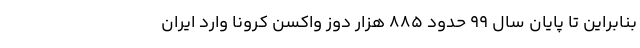
بنابراین تا پایان سال ۹۹ حدود ۸۸۵ هزار دوز واکسن کرونا وارد ایران